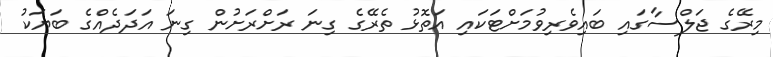
މިރޭގެ ޖަލްސާގައި ބައިވެރިވުމަށްޓަކައި އަތޮޅު ތެރޭގެ ގިނަ ރަށްރަށުން ގިނަ އަދަދެއްގެ ބަޔަކު